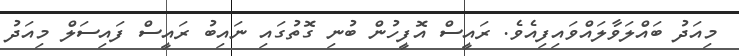
މިއަދު ބައްލަވާލައްވައިފިއެވެ. ރައީސް އޮފީހުން ބުނި ގޮތުގައި ނައިބު ރައީސް ފައިސަލް މިއަދު